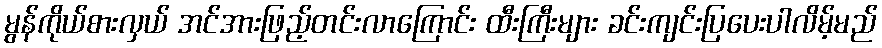
မွန်ကိုယ်စားလှယ် အင်အားဖြည့်တင်းလာကြောင်း ထီးကြီးများ ခင်းကျင်းပြပေးပါလိမ့်မည်